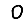
Digit: 0